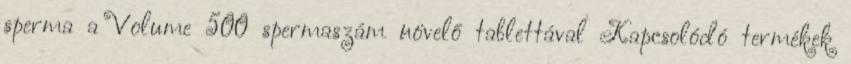
sperma a Volume 500 spermaszám növelő tablettával Kapcsolódó termékek